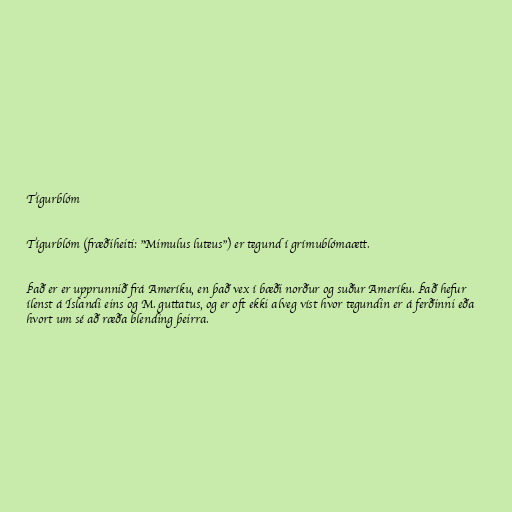
Tígurblóm

Tígurblóm (fræðiheiti: "Mimulus luteus") er tegund í grímublómaætt.

Það er er upprunnið frá Ameríku, en það vex í bæði norður og suður Ameríku. Það hefur
ílenst á Íslandi eins og M. guttatus, og er oft ekki alveg víst hvor tegundin er á ferðinni eða
hvort um sé að ræða blending þeirra.